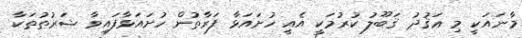
މާނައަކީ މި ޢަޤުދު ޤަބޫލު ކުރުމަކީ އެއީ ހުށައަޅާ ފަރާތުން ހުށައަޅާފައިވާ ޝަރުޠުތަކާ